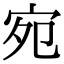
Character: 宛